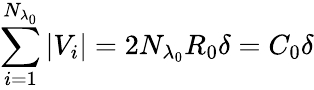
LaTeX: \sum_{i=1}^{N_{\lambda_{0}}}\left\lvert V_{i}\right\rvert=2N_{\lambda_{0}}R_{0}\delta=C_{0}\delta